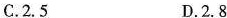
C.2.5 D.2.8